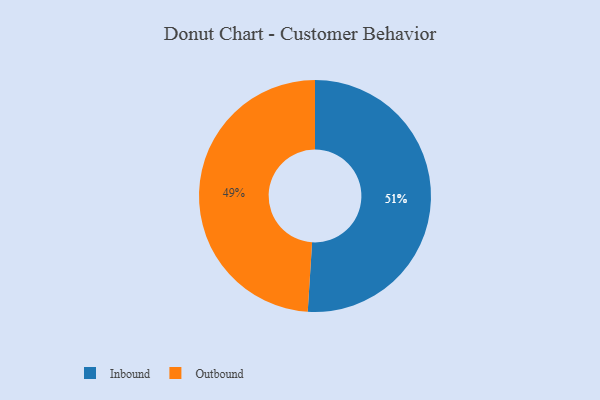
{"axis": {"x": "Category", "y": "Percentage"}, "legend": ["Inbound", "Outbound"], "data": [{"x": "Inbound", "y": 51, "type": "Inbound"}, {"x": "Outbound", "y": 49, "type": "Outbound"}]}